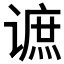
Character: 𲂔